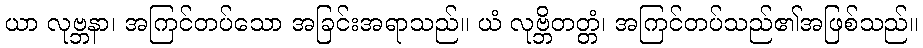
ယာ လုဗ္ဘနာ၊ အကြင်တပ်သော အခြင်းအရာသည်။ ယံ လုဗ္ဘိတတ္တံ၊ အကြင်တပ်သည်၏အဖြစ်သည်။